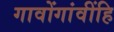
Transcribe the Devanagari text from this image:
गावोंगांवींहि